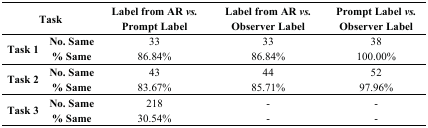
<table><thead><tr><td colspan="2"><b>Task</b></td><td><b>Label from AR <i>vs.</i> Prompt Label</b></td><td><b>Label from AR <i>vs.</i> Observer Label</b></td><td><b>Prompt Label <i>vs.</i> Observer Label</b></td></tr></thead><tbody><tr><td rowspan="2"><b>Task 1</b></td><td><b>No. Same</b></td><td>33</td><td>33</td><td>38</td></tr><tr><td><b>% Same</b></td><td>86.84%</td><td>86.84%</td><td>100.00%</td></tr><tr><td rowspan="2"><b>Task 2</b></td><td><b>No. Same</b></td><td>43</td><td>44</td><td>52</td></tr><tr><td><b>% Same</b></td><td>83.67%</td><td>85.71%</td><td>97.96%</td></tr><tr><td rowspan="2"><b>Task 3</b></td><td><b>No. Same</b></td><td>218</td><td>-</td><td>-</td></tr><tr><td><b>% Same</b></td><td>30.54%</td><td>-</td><td>-</td></tr></tbody></table>